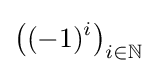
\left((-1)^{i}\right)_{i\in \mathbb {N} }